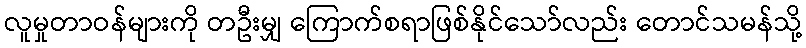
လူမှုတာဝန်များကို တဦးမျှ ကြောက်စရာဖြစ်နိုင်သော်လည်း တောင်သမန်သို့